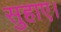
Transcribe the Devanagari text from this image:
सुहाए।